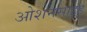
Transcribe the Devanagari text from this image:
ओशनसाइड